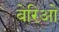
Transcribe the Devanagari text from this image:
बेरिओ